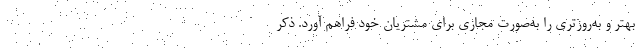
بهتر و به‌روزتری را به‌صورت مجازی برای مشتریان خود فراهم آورد. ذکر